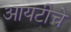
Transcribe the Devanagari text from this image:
आयटीचे